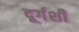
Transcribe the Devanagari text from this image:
दूर्गर्शी